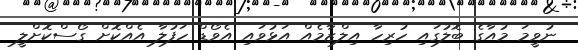
ނުވީމަ މުއާގެ ބޮލުގައި ހުރިހާ އިލްޒާމެއް އަޅުވައި އެވޯޑް ހަފުލާ އެއްކޮށް ގޯސްކޮށްލީ